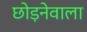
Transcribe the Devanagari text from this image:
छोड़नेवाला